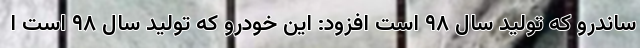
ساندرو که تولید سال ۹۸ است افزود: این خودرو که تولید سال ۹۸ است ا